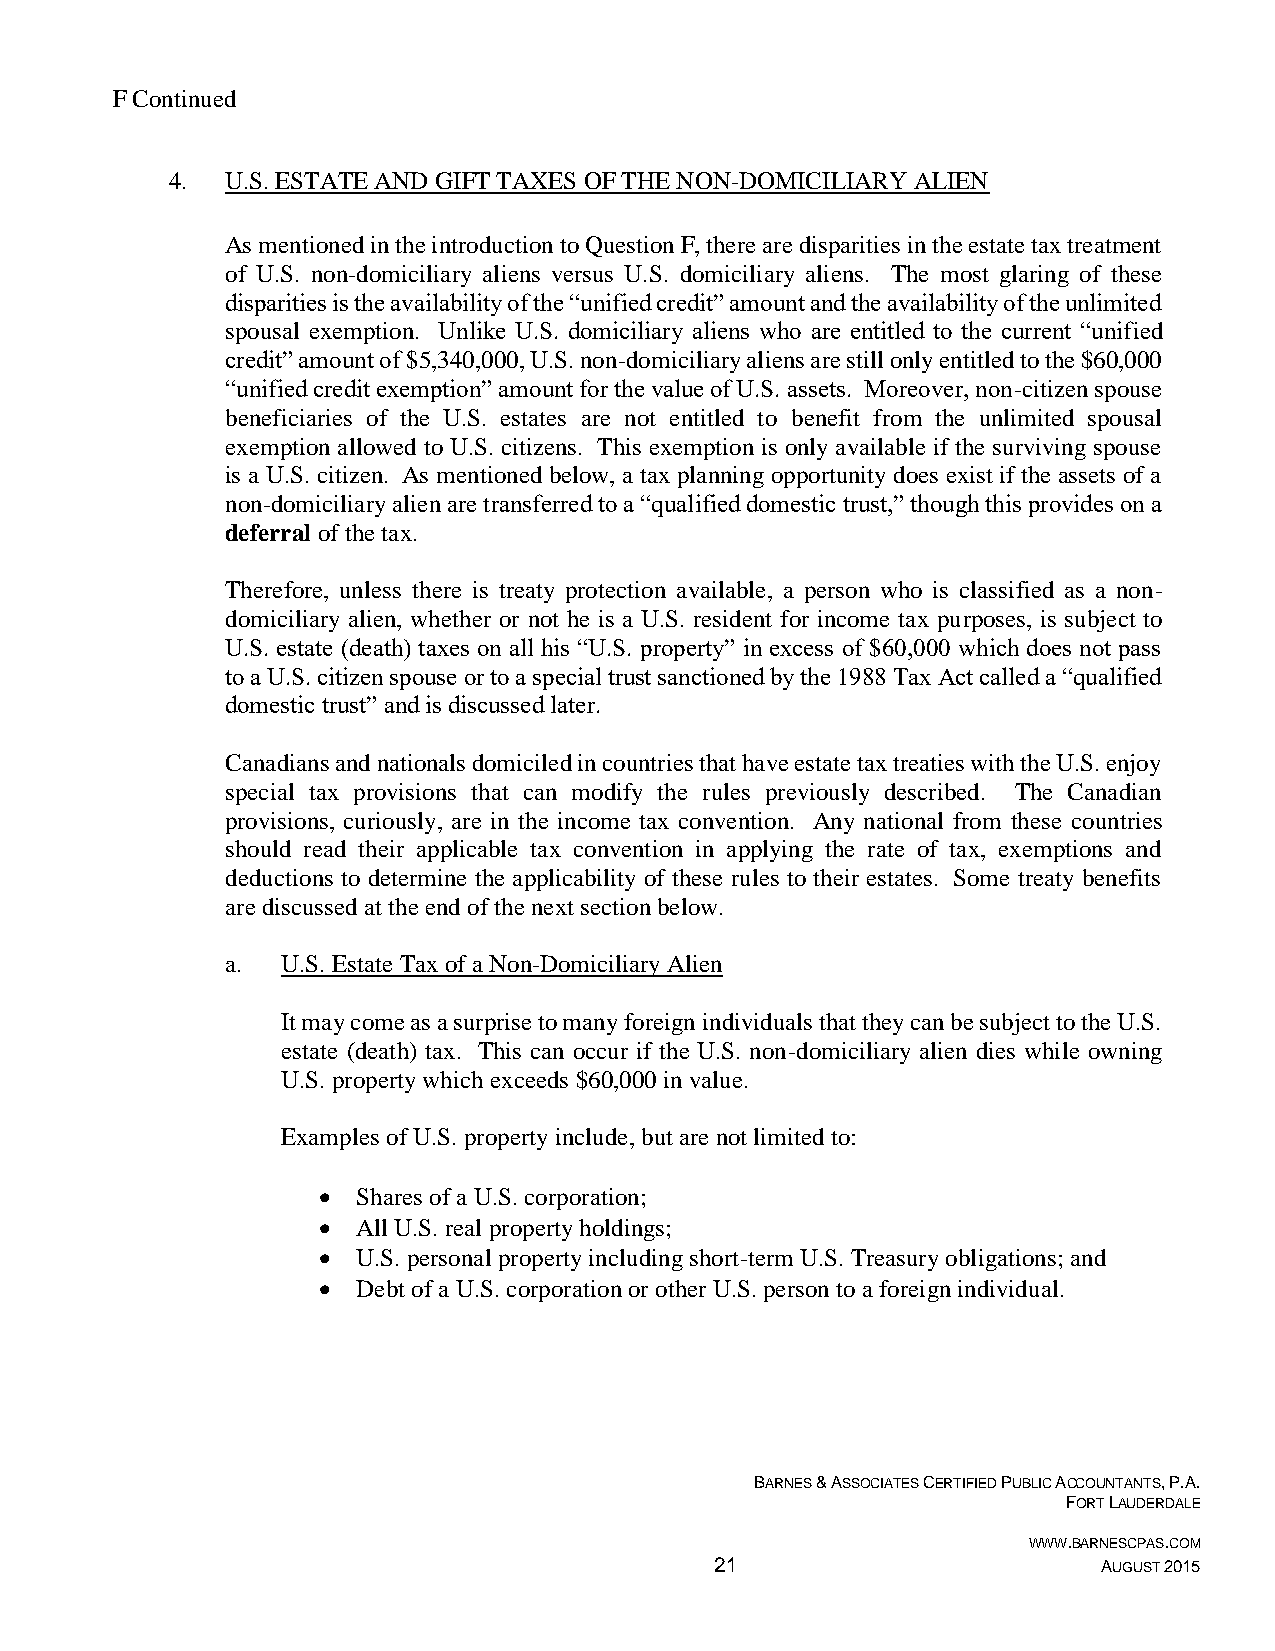
F Continued
 4.  U.S. ESTATE AND GIFT TAXES OF THE NON-DOMICILIARY ALIEN
 As mentioned in the introduction to Question F, there are disparities in the estate tax treatment
 of U.S. non-domiciliary aliens versus U.S. domiciliary aliens. The most glaring of these
 disparities is the availability of the “unified credit” amount and the availability of the unlimited
 spousal exemption. Unlike U.S. domiciliary aliens who are entitled to the current “unified
 credit” amount of $5,340,000, U.S. non-domiciliary aliens are still only entitled to the $60,000
 “unified credit exemption” amount for the value of U.S. assets. Moreover, non-citizen spouse
 beneficiaries of the U.S. estates are not entitled to benefit from the unlimited spousal
 exemption allowed to U.S. citizens. This exemption is only available if the surviving spouse
 is a U.S. citizen. As mentioned below, a tax planning opportunity does exist if the assets of a
 non-domiciliary alien are transferred to a “qualified domestic trust,” though this provides on a
 deferral of the tax.
 Therefore, unless there is treaty protection available, a person who is classified as a non-
 domiciliary alien, whether or not he is a U.S. resident for income tax purposes, is subject to
 U.S. estate (death) taxes on all his “U.S. property” in excess of $60,000 which does not pass
 to a U.S. citizen spouse or to a special trust sanctioned by the 1988 Tax Act called a “qualified
 domestic trust” and is discussed later.
 Canadians and nationals domiciled in countries that have estate tax treaties with the U.S. enjoy
 special tax provisions that can modify the rules previously described. The Canadian
 provisions, curiously, are in the income tax convention. Any national from these countries
 should read their applicable tax convention in applying the rate of tax, exemptions and
 deductions to determine the applicability of these rules to their estates. Some treaty benefits
 are discussed at the end of the next section below.
 a.  U.S. Estate Tax of a Non-Domiciliary Alien
 It may come as a surprise to many foreign individuals that they can be subject to the U.S.
 estate (death) tax. This can occur if the U.S. non-domiciliary alien dies while owning
 U.S. property which exceeds $60,000 in value.
 Examples of U.S. property include, but are not limited to:
   Shares of a U.S. corporation;
   All U.S. real property holdings;
   U.S. personal property including short-term U.S. Treasury obligations; and
   Debt of a U.S. corporation or other U.S. person to a foreign individual.
 BARNES & ASSOCIATES CERTIFIED PUBLIC ACCOUNTANTS, P.A.
 FORT LAUDERDALE
 WWW.BARNESCPAS.COM
 21                        AUGUST 2015